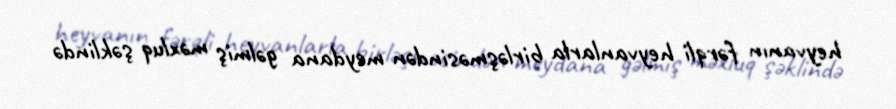
heyvanın fərqli heyvanlarla birləşməsindən meydana gəlmiş məxluq şəklində